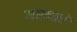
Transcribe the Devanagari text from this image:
गरदनों